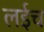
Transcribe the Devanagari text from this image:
लईच